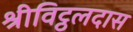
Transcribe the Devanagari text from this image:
श्रीविट्ठलदास